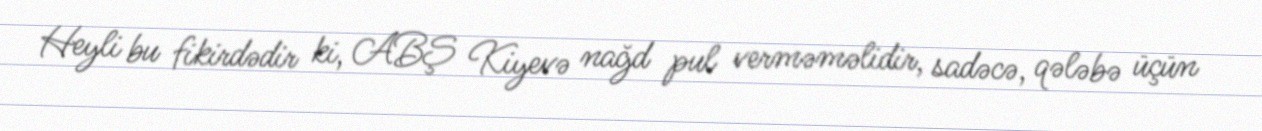
Heyli bu fikirdədir ki, ABŞ Kiyevə nağd pul verməməlidir, sadəcə, qələbə üçün